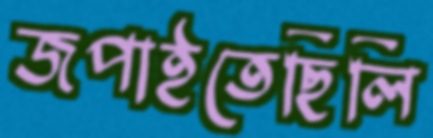
জপাইতেছিলি